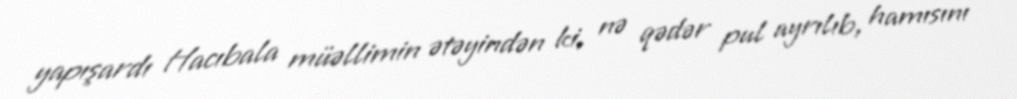
yapışardı Hacıbala müəllimin ətəyindən ki, nə qədər pul ayrılıb, hamısını